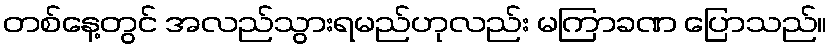
တစ်နေ့တွင် အလည်သွားရမည်ဟုလည်း မကြာခဏ ပြောသည်။